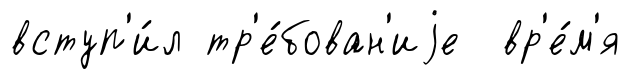
вступ'и́л тр'е́бован'иjе вр'е́м'я